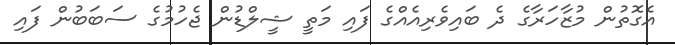
އެގޮތުން މުޒާހަރާގެ ދެ ބައިވެރިއެއްގެ ފައި މަތީ ޝީލްޑުން ޖެހުމުގެ ސަބަބުން ފައި